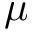
\mu